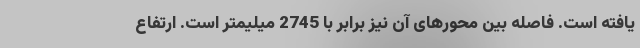
یافته است. فاصله بین محورهای آن نیز برابر با 2745 میلیمتر است. ارتفاع